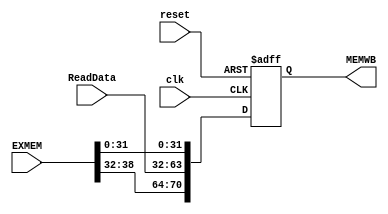
module Pipe_MEMWB(clk,reset,ReadData,EXMEM,MEMWB);
  input clk,reset;
  input[31:0] ReadData;
  input[38:0] EXMEM; //{EXMEM[70:64],EXMEM[31:0]}
  output reg[70:0] MEMWB;
  always @(posedge clk, posedge reset)
   begin
    if(reset) MEMWB<=71'b0;
    else MEMWB<={EXMEM[38:32],ReadData,EXMEM[31:0]};
   end
 endmodule